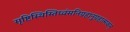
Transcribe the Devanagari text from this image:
सृष्टिस्थिस्तिध्वंसनिग्रहानुग्रहात्मकम्